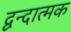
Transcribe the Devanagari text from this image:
द्वन्दात्मक